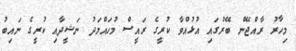
މިހާރު ރާއްޖޭން ބޭރުގައި އުޅުއްވާ ކުރީގެ ރައީސް މުހައްމަދު ނަޝީދާއި ކުރީގެ ނައިބު